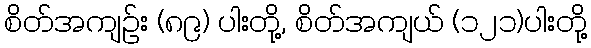
စိတ်အကျဉ်း (၈၉) ပါးတို့, စိတ်အကျယ် (၁၂၁)ပါးတို့